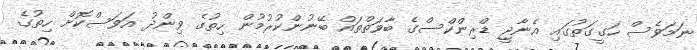
ނަމަވެސް ހަގީގަތުގައި އެނާޖީ ޑްރިންކްސްގެ ބާވަތްތައް ބޭނުންކުރުމުން ހިތުގެ ވިންދު އަވަސްކޮށް ހިތުގެ